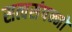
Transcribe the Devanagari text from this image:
सत्वसंपन्नों